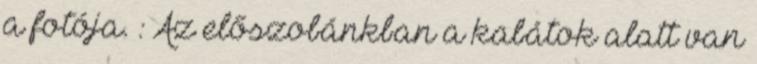
a fotója. : Az előszobánkban a kabátok alatt van